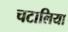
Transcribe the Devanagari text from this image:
चटालिया